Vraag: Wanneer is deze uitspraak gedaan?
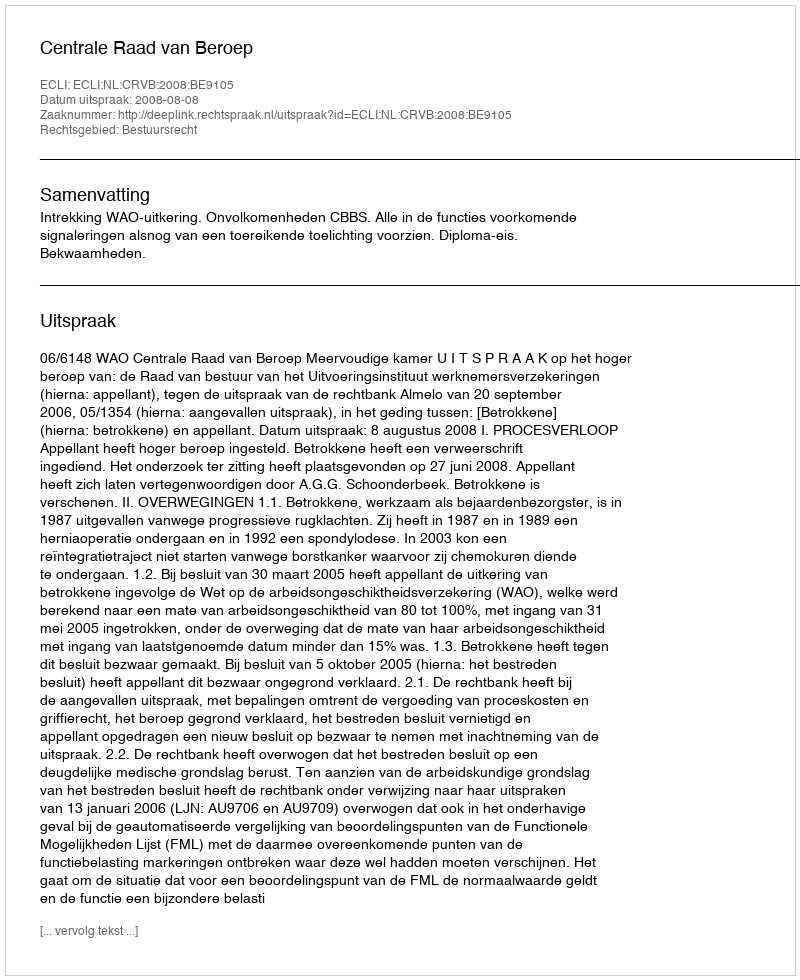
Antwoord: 2008-08-08